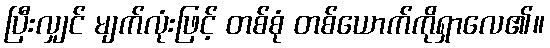
ပြီးလျှင် မျက်လုံးဖြင့် တစ်စုံ တစ်ယောက်ကိုရှာလေ၏။